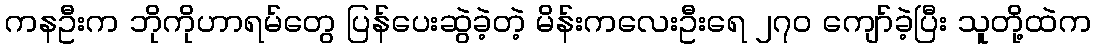
ကနဦးက ဘိုကိုဟာရမ်တွေ ပြန်ပေးဆွဲခဲ့တဲ့ မိန်းကလေးဦးရေ ၂၇၀ ကျော်ခဲ့ပြီး သူတို့ထဲက